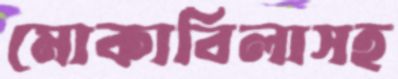
মোকাবিলাসহ